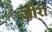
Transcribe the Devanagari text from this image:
जीरों